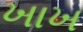
ખાખ